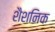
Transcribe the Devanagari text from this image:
शैशनिक